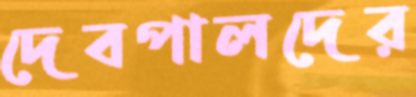
দেবপালদের